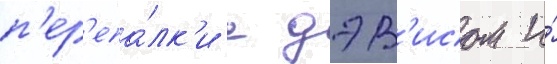
п'ер'епа́лк'и с дэв'исом и́